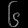
Digit: ၆